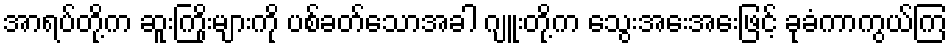
အာရပ်တို့က ဆူးကြိုးများကို ပစ်ခတ်သောအခါ ဂျူးတို့က သွေးအေးအေးဖြင့် ခုခံကာကွယ်ကြ